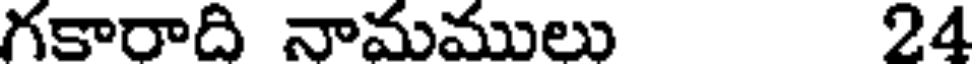
గకారాది నామములు 24